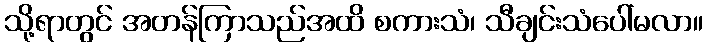
သို့ရာတွင် အတန်ကြာသည်အထိ စကားသံ၊ သီချင်းသံပေါ်မလာ။